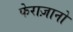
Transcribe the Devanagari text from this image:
फेराज़ानो